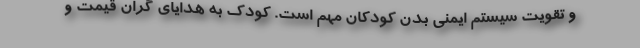
و تقویت سیستم ایمنی بدن کودکان مهم است. کودک به هدایای گران قیمت و